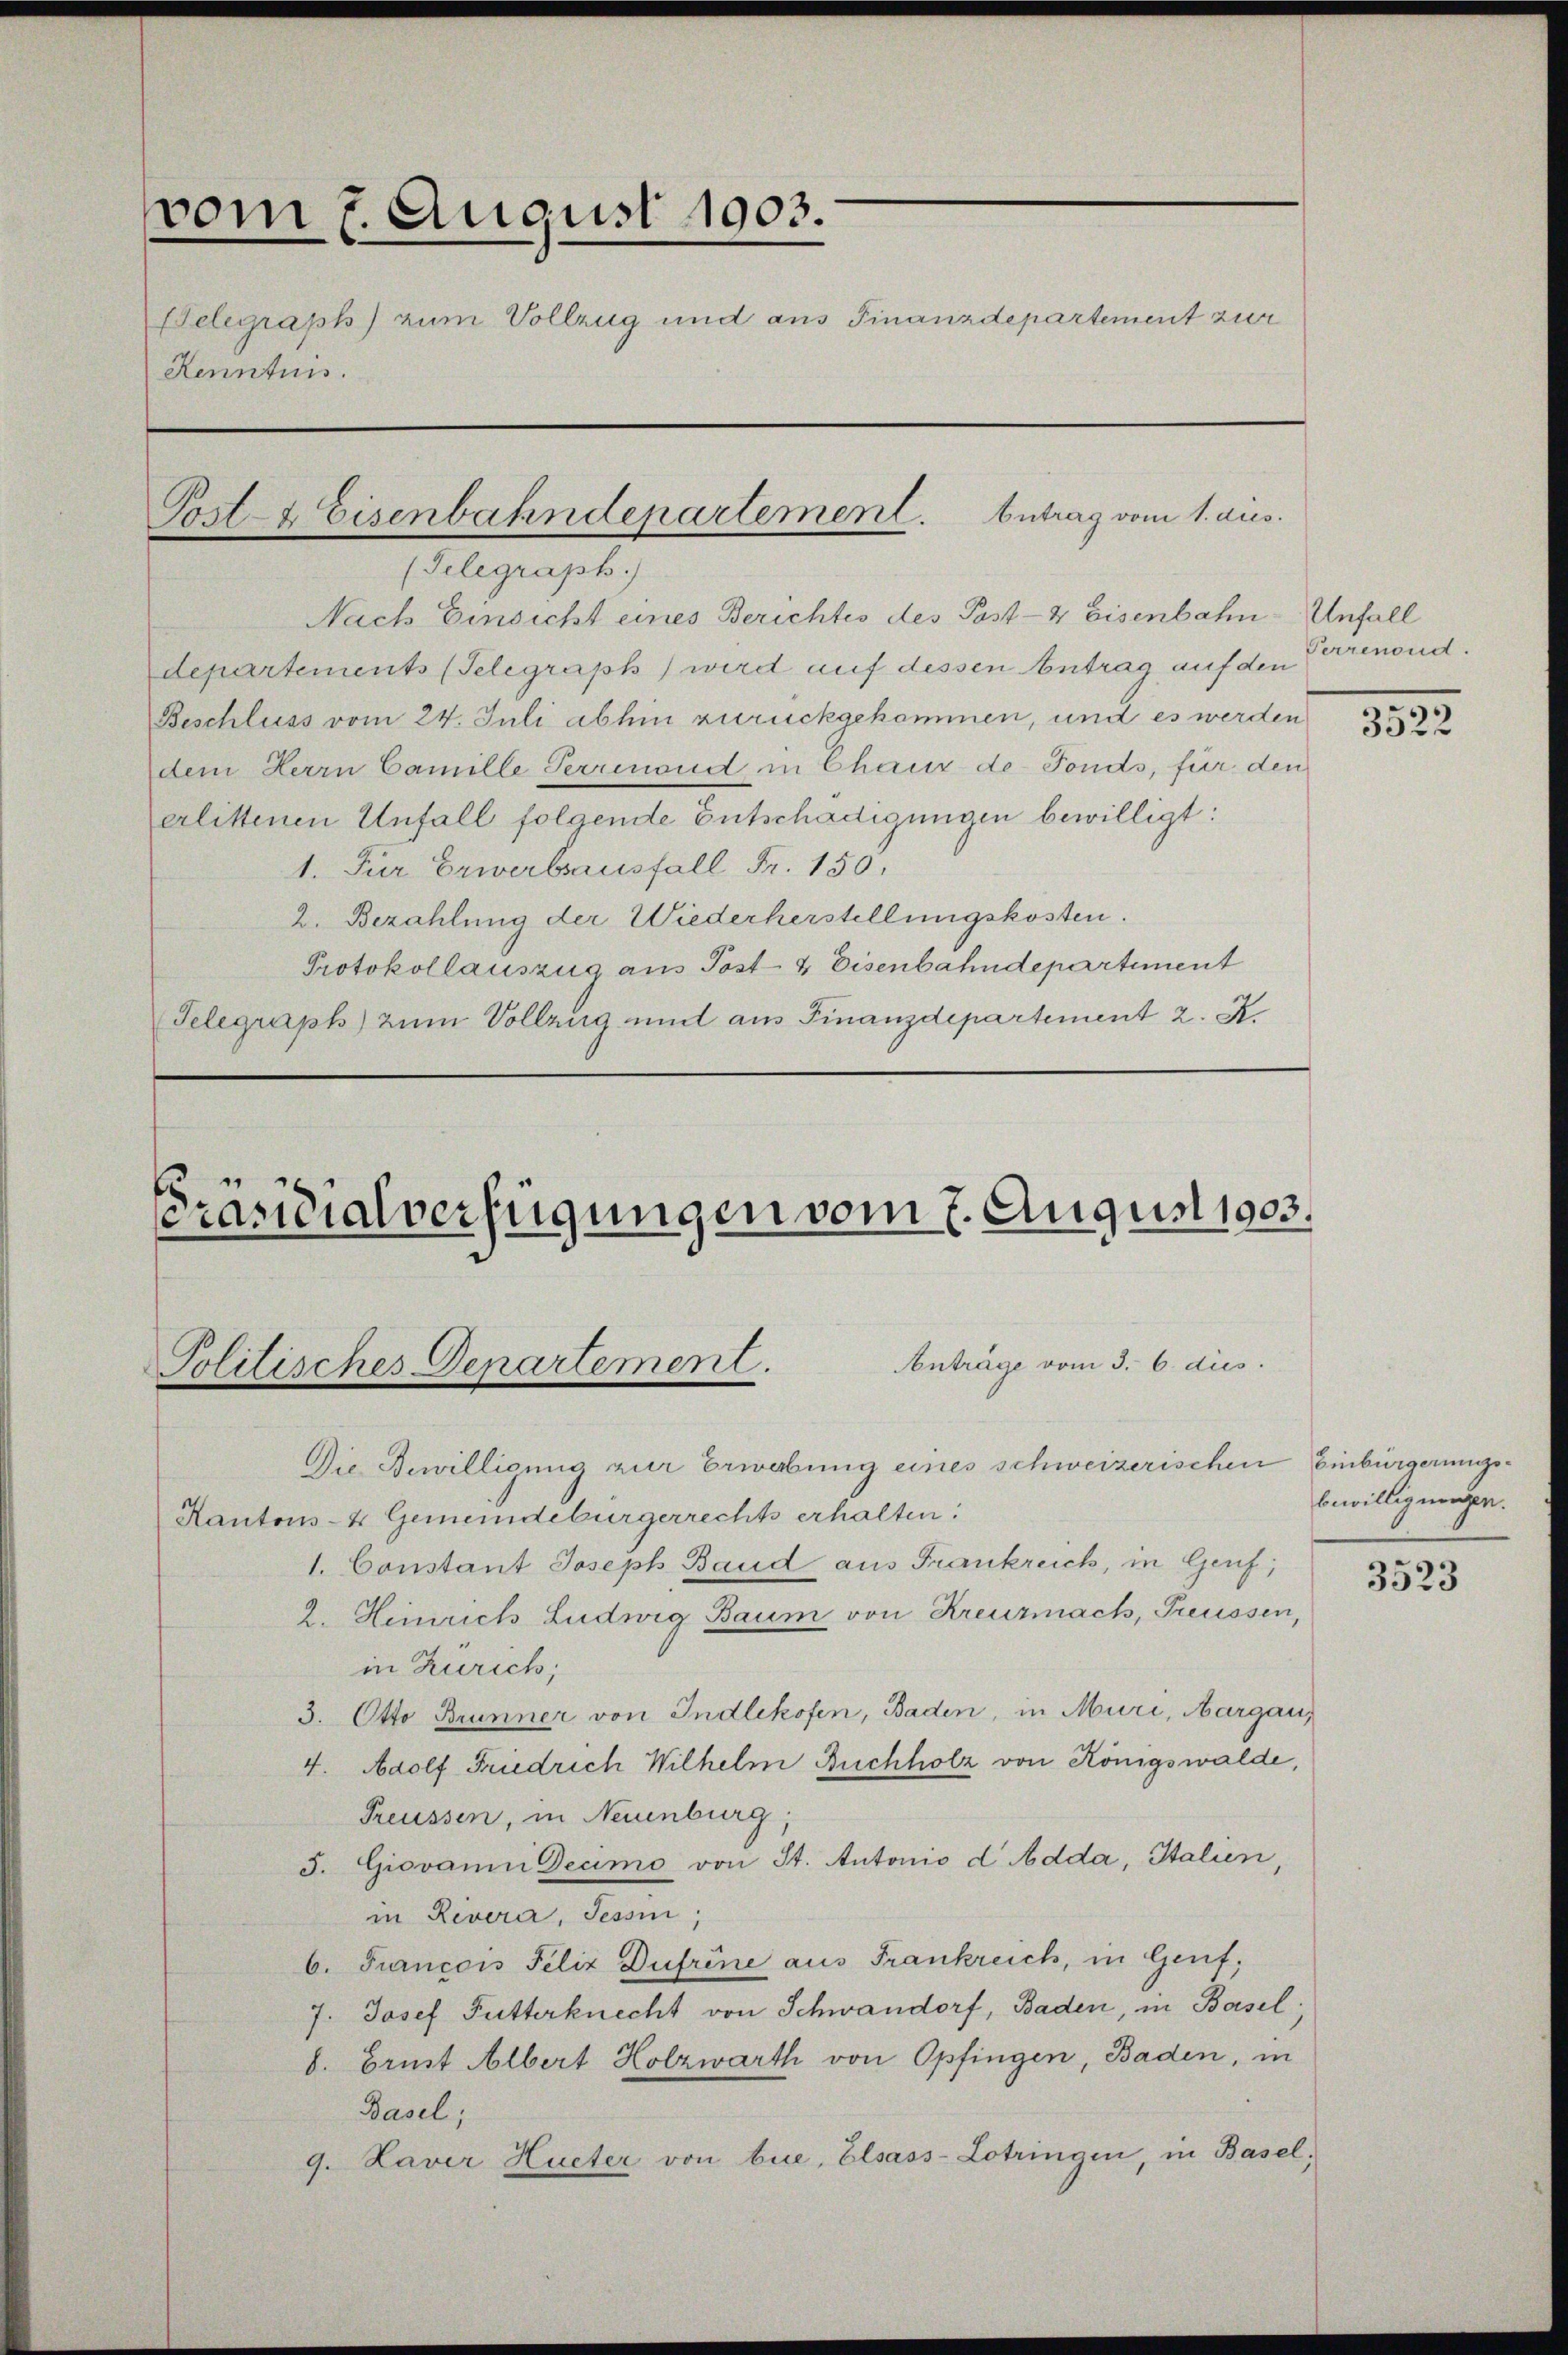
b
vom 7. August 1903.
Belegraph) zum Vollzug und aus Finanzdepartement zur
Kenntnis.

s

(Telegraph.)
Nach Einsicht eines Berichtes des Post- & Eisenbahn-Unfall
departements (Telegraph wird auf dessen Antrag auf den
Beschluss vom 24. Juli abhin zurückgekommen, und es werden
dem Herrn Camille Perrenand in Chaux de Fonds, für den
erlittenen Unfall folgende Entschädigungen bewilligt:
1. Für Erwerbsausfall Fr. 150.
2. Bezahlung der Wiederherstellungskosten.
Protokollauszug aus Post- & Eisenbahndepartement
Telegraph) zum Vollzug und aus Finanzdepartement 2. X.

Präsidialverfügungen vom 7. August 1903.

Post- & Eisenbahndepartement. Antrag vom 1. aus.

Politisches Departement.

Anträge vom 3. 6. dies

Die Bewilligung zur Erwerbung eines schweizerischen
Kantons- & Gemeindebürgerrechts erhalten.
1. Constant Joseph Band aus Frankreich, in Genf,
2. Heinrich Ludwig Baum von Kreuzmach, Preussen,
in Zürich;
3. Otto Brunner von Indlikofen, Baden, in Muri, Aargau,
4. Adolf Friedrich Wilhelm Buchholz von Königswalde,
Preussen, in Neuenburg,
5. Giovanni Decimo von St. Autonis d Adda, Italien
in Revera, Tessin,
b. Francois Felix Dufrine aus Frankreich, in Genf,
7. Josef Futterknecht von Schwandorf, Baden, in Basel;
b. Brust Albert Holzwärth von Opfingen, Baden, in
Basel;
9. Laver Hueter von bue, Elsass-Lotringen, in Basel;

Perrenond.

3522

Einbürgerungsbewilligungen.

3523